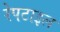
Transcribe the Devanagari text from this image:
रेपटाइल